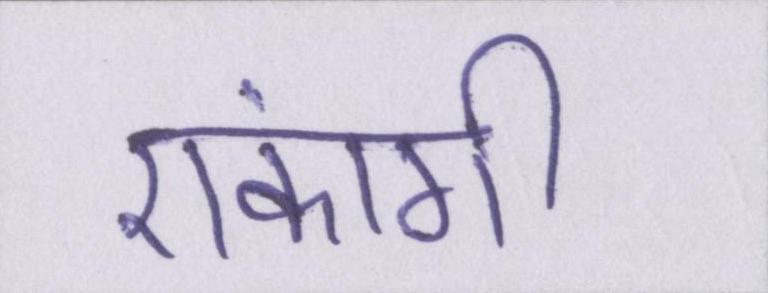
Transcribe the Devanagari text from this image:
एकांगी